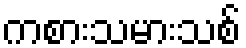
ကစားသမားသစ်